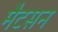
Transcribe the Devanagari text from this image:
मैटसन